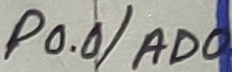
Text: P0.0/AD0